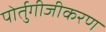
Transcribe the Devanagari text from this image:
पोर्तुगीजीकरण